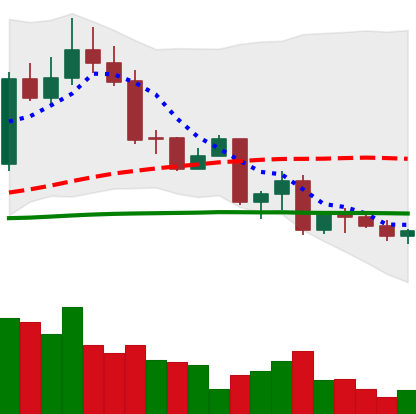
Ticker: EOS-USD
Chart end date: 2022-09-26
Forward return: 3.354%
Label: up_3_5